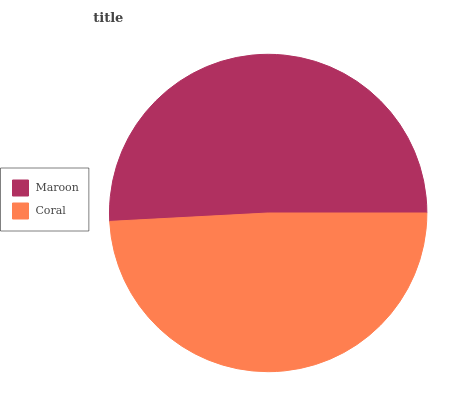
| Maroon | Coral |
 | --- | --- |
 | 50.8% | 49.2% |